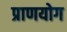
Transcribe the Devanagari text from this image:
प्राणयोग